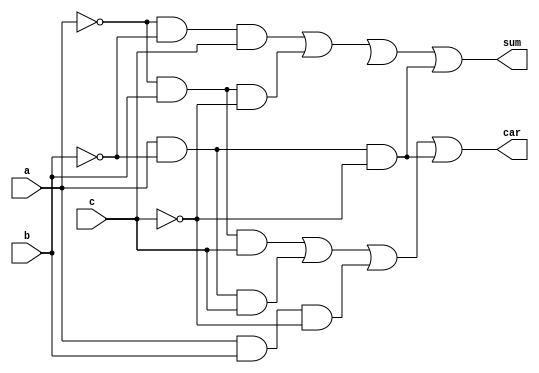
module full_adder_using_decoder(sum,car,a,b,c);
  input a,b,c;
  output sum,car;
  wire p0,p1,p2,r0,r1,r2,r3,z0,z1,z2;
  not (p0,a);
  not (p1,b);
  not (p2,c);
  and (r0,p0,p1,c);
  and (r1,p0,b,p2);
  and (r3,a,p1,p2);
  and (r4,a,b,c);
  and (z0,p0,b,c);
  and (z1,a,p1,c);
  and (z2,a,b,p2);
  or (sum,r0,r1,r2,r3);
  or (car,z0,z1,z2,r3);
endmodule